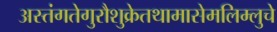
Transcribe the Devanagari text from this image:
अस्तंगतेगुरौशुक्रेतथामासेमलिम्लुचे